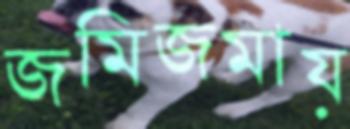
জমিজমায়